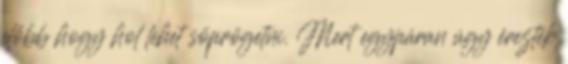
előbb hogy hol lehet söprögetni. Mert egypáran úgy érezték